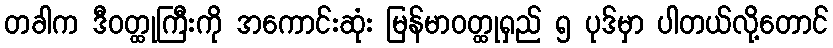
တခါက ဒီဝတ္ထုကြီးကို အကောင်းဆုံး မြန်မာဝတ္ထုရှည် ၅ ပုဒ်မှာ ပါတယ်လို့တောင်